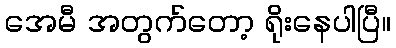
အေမီ အတွက်တော့ ရိုးနေပါပြီ။